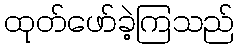
ထုတ်ဖော်ခဲ့ကြသည်